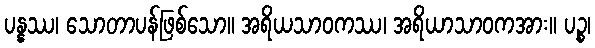
ပန္နဿ၊ သောတာပန်ဖြစ်သော။ အရိယသာဝကဿ၊ အရိယာသာဝကအား။ ပဉ္စ၊